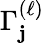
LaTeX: \Gamma_{\mathbf{j}}^{(\ell)}